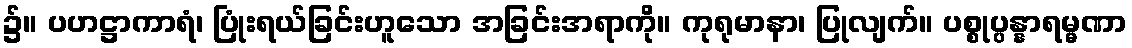
၌။ ပဟဋ္ဌာကာရံ၊ ပြုံးရယ်ခြင်းဟူသော အခြင်းအရာကို။ ကုရုမာနာ၊ ပြုလျက်။ ပစ္စုပ္ပန္နာရမ္မဏာ